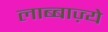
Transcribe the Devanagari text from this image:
लाब्बाज़्ये